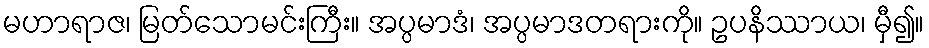
မဟာရာဇ၊ မြတ်သောမင်းကြီး။ အပ္ပမာဒံ၊ အပ္ပမာဒတရားကို။ ဥပနိဿာယ၊ မှီ၍။